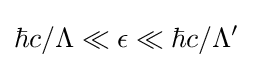
\hbar c/\Lambda \ll \epsilon \ll \hbar c/\Lambda '